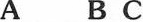
A B C